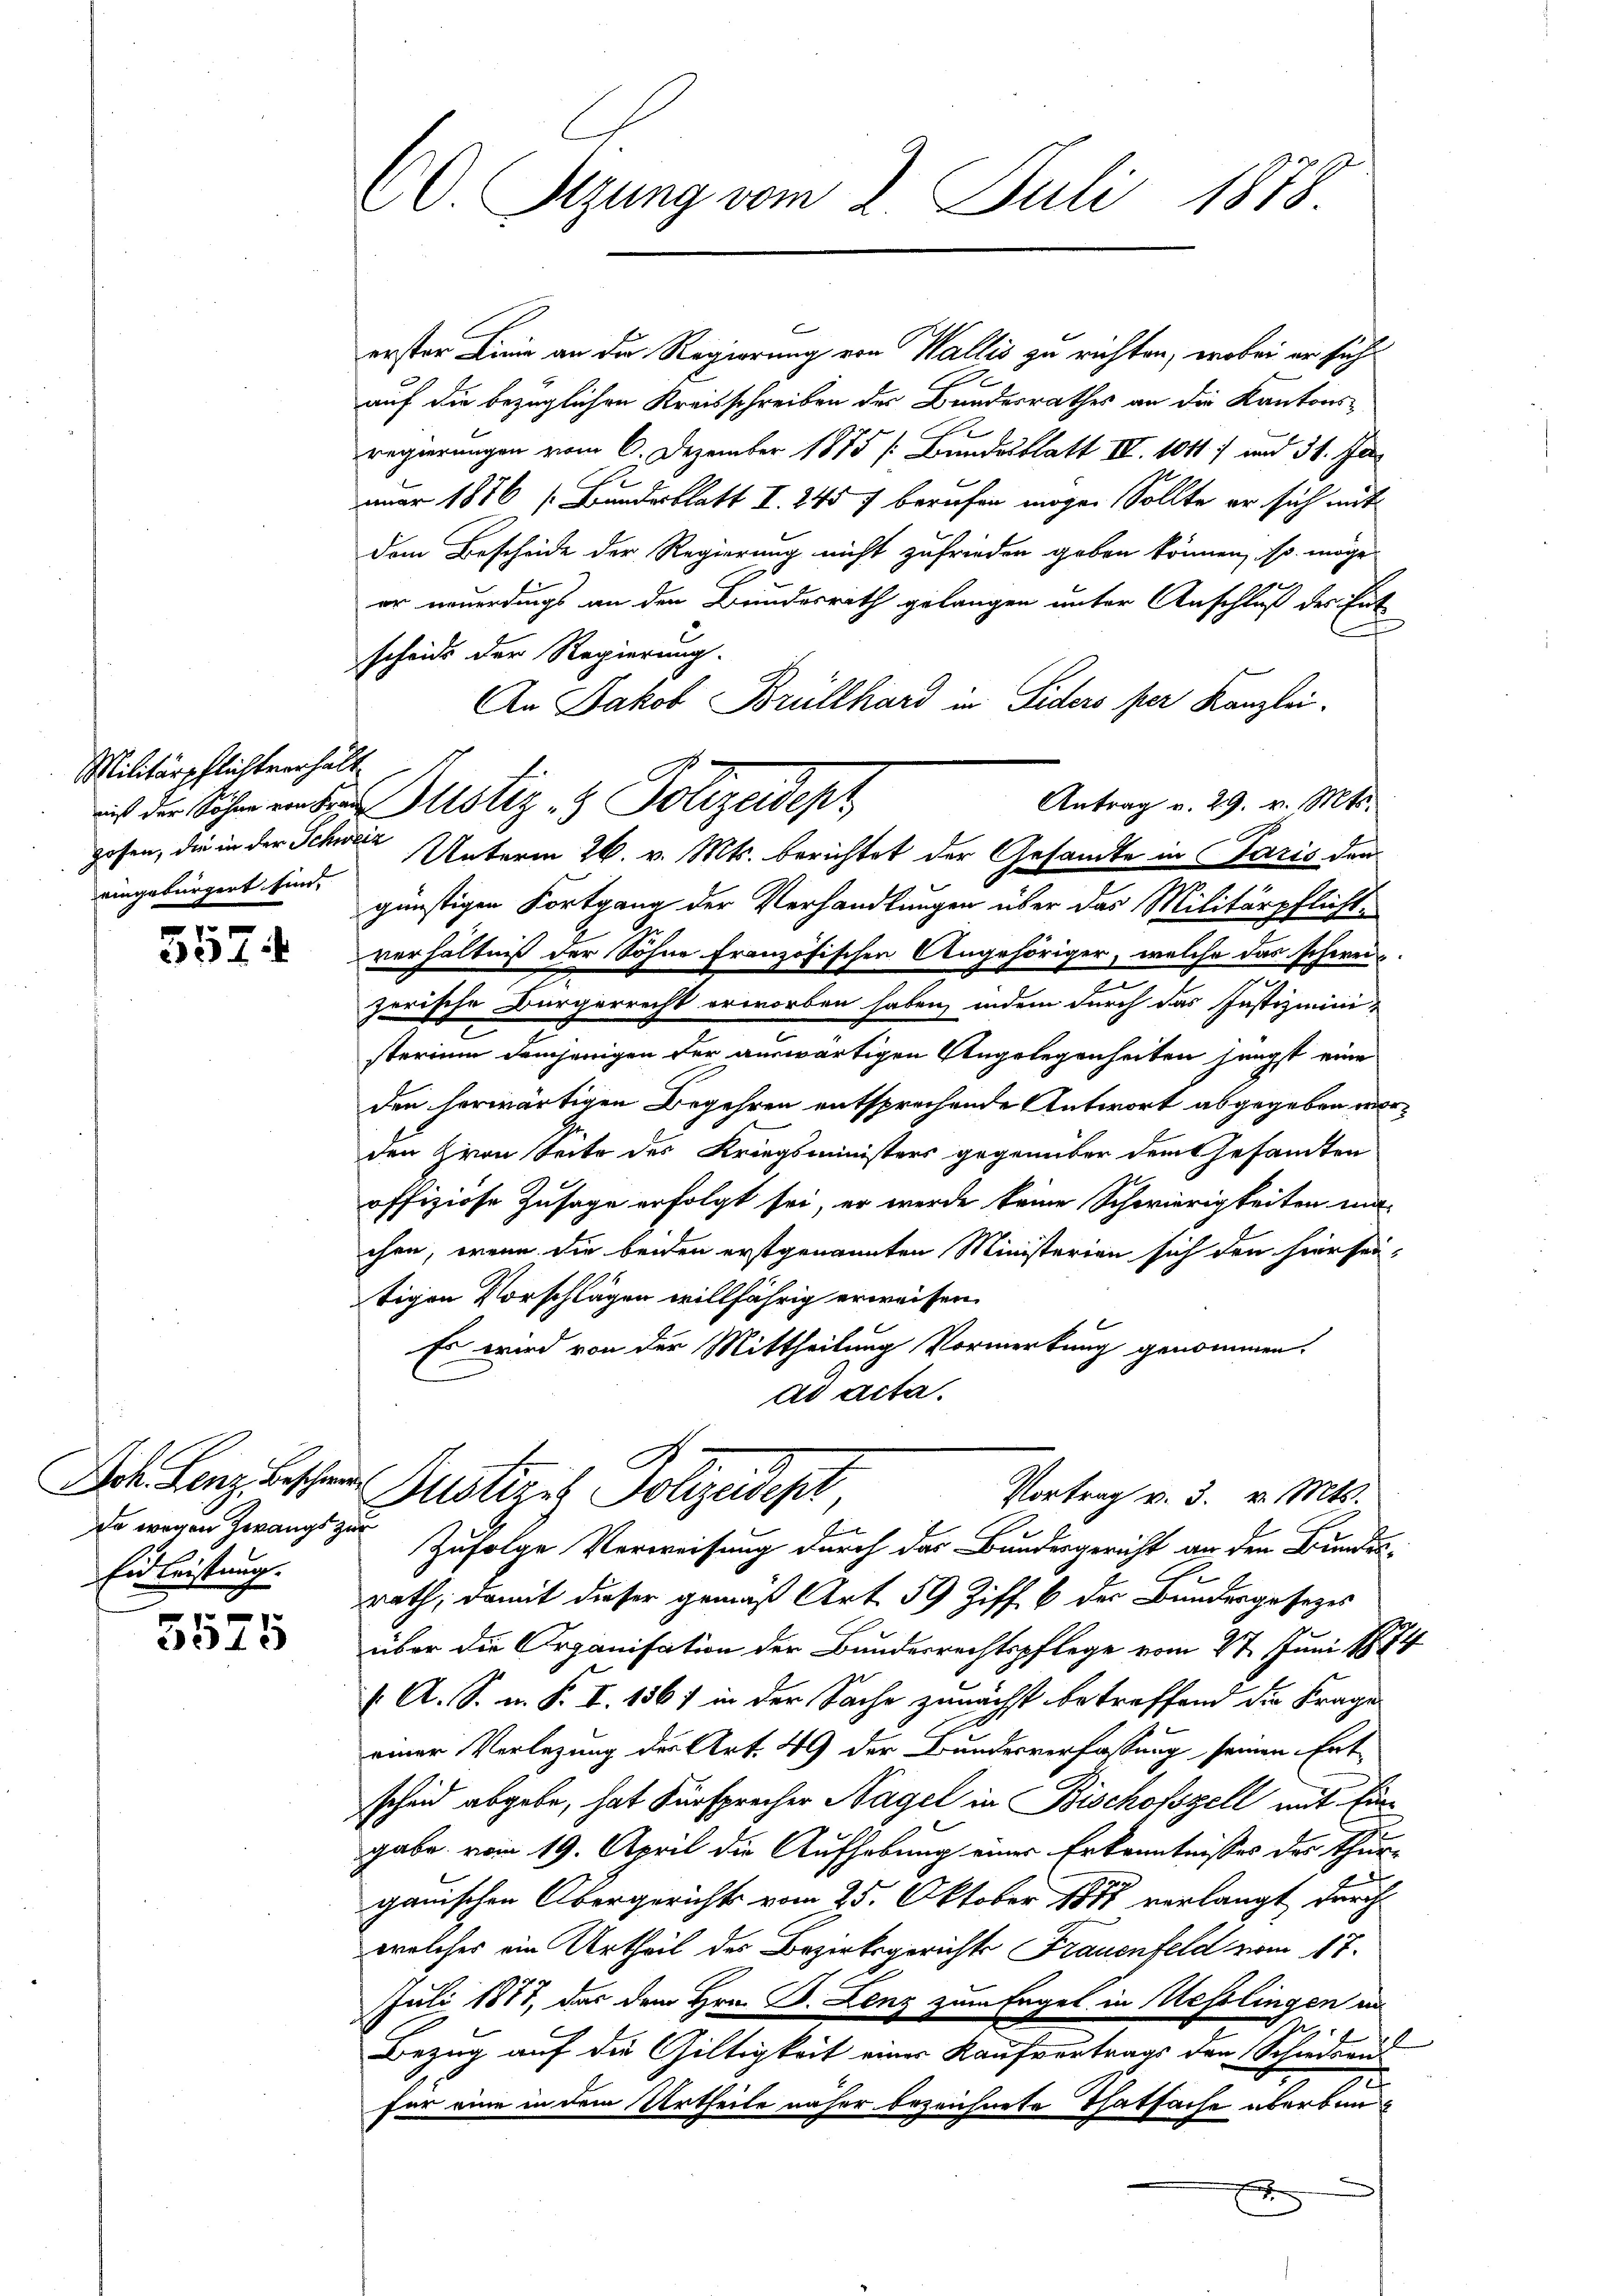
Militärpflichtverhält
eingebürgert sind.

557

Joh. Lenz Bescheide
da wegen Zwangs zur
Eidleistung.

x
2315

60 Sizung vom 2. Juli 1878

erster Linie an die Regierung von Wallis zu richten, wobei er sich
auf die bezüglichen Kreisschreiben der Bundesrathes an die Kantonsregierungen vom 6. Dezember 1875 /: Bundesblatt III. 1011) und 31. Jan
auar 1876 [Bundesblatt I. 245 f berufen möge. Sollte er sich mit
dem Bescheide der Regierung nicht zufrieden geben können, so möge
er neuerdings an den Bundesrath gelangen unter Anschluß des Ent
scheide der Regierung.
An Jakob Brüllhard in Liders per Kanzlei.
Antrag v. 29. v. Mts.
günstigen Fortgang der Verhandlungen über das Militärpflicht-
verhältniß der Sohne französischen Angehöriger, welche das schweiz.
zerische Bürgerrecht erworben haben, indem durch das Justizmini-
sterium demjenigen der auswärtigen Angelegenheiten jüngst eine
den herwärtigen Begehren entsprechende Antwort abgegeben worden Hron Seite des Kriegsministers gegenüber dem Gesamten
offiziöse Zusage erfolgt sei, er werde keine Schwierigkeiten machen, wenn die beiden erstgenannten Ministerien sich den hier seitigen Vorschlägen willfährig erweisen.
Es wird von der Mittheilung Vormerkung genommen.
Ad Acta.

is der Sohn einen Justiz- & Polizeidepz

zosen, die in der Schweiz Unterm 26. v. Mts. berichtet der Gesamte in Paris den

Rustiziz Polizeidigt
Vortrag v. 3. v. Mts.

Zufolge Verweisung durch das Bundesgericht an den Bunden-
rath, damit dieser gemäß Art. 59 Ziff. 6 der Bundesgesezes
über die Organisation der Bundesrechtspflege vom 27. Juni 1874
 A. S. m. P. I. 1867 in der Sache zunächst betreffend die Frage
einer Verlegung des Art. 49 der Bundesverfassung seinen Entscheid abgebe, hat Fürsprecher Nagel in Bischofszell mit Ein
gabe vom 19. April die Aufhebung einer Erkenntnisses der Thurganischen Obergerichts vom 25. Oktober 1871 verlangt durch
welches ein Urtheil des Bezirksgerichts Frauenfeld vom 17.
Juli 1877, das dem Hrn. B. Lenz zum Engel in Kesslingen in

Bezug auf die Gültigkeit einer Kaufvertrags den Schiederu
für eine in dem Urtheile näher bezeichnete Thatsache überbunx